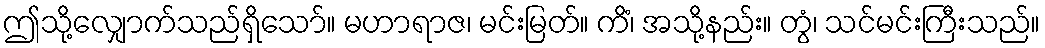
ဤသို့လျှောက်သည်ရှိသော်။ မဟာရာဇ၊ မင်းမြတ်။ ကိံ၊ အသို့နည်း။ တွံ၊ သင်မင်းကြီးသည်။